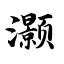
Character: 灏